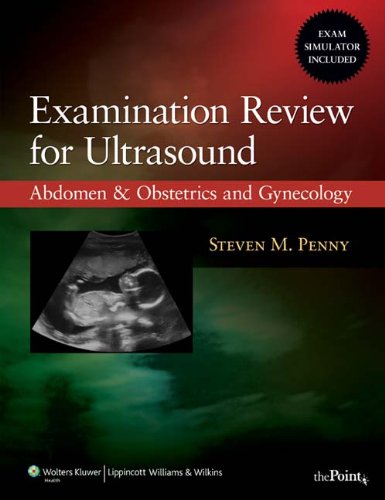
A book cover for Examination Review for Ultrasound: Abdomen and Obstetrics & Gynecology; Steven M. Penny M.A.  RT (R)  RDMS; Medical Books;